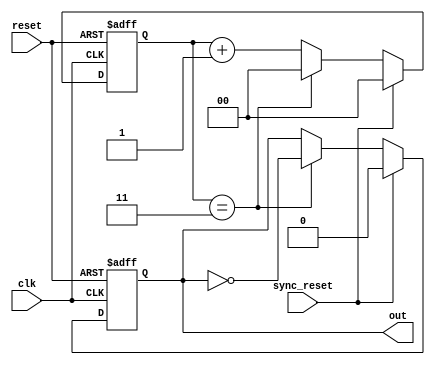
module divide_by_n_counter #(
    parameter N = 4  // Parameter to define the divide factor, change as needed.
) (
    input wire clk,       // Clock input
    input wire reset,     // Asynchronous reset input
    input wire sync_reset, // Synchronous reset input
    output reg out        // Output that toggles every N clock cycles
);

    // Calculate the number of bits needed for the counter
    localparam COUNTER_BITS = $clog2(N);

    // Register to hold the current count value
    reg [COUNTER_BITS-1:0] count;

    // Main always block (for synchronous reset)
    always @(posedge clk or posedge reset) begin
        if (reset) begin
            // Asynchronous reset
            count <= 0;
            out <= 0;
        end else if (sync_reset) begin
            // Synchronous reset condition
            count <= 0;
            out <= 0;
        end else begin
            // Counting logic
            if (count == N - 1) begin
                count <= 0;  // Reset count when reaching N
                out <= ~out;  // Toggle output
            end else begin
                count <= count + 1;  // Increment count
            end
        end
    end
endmodule